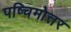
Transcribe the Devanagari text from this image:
पष्चिमोत्तर